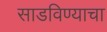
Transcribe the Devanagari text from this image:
साडविण्याचा